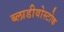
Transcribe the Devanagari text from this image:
ब्लाडीवोस्टोक